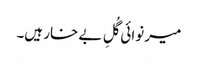
میر نوائی گُلِ بے خار ہیں۔